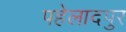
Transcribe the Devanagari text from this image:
पहेलादपुर